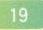
19